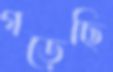
গড়েছি